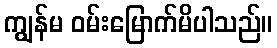
ကျွန်မ ဝမ်းမြောက်မိပါသည်။